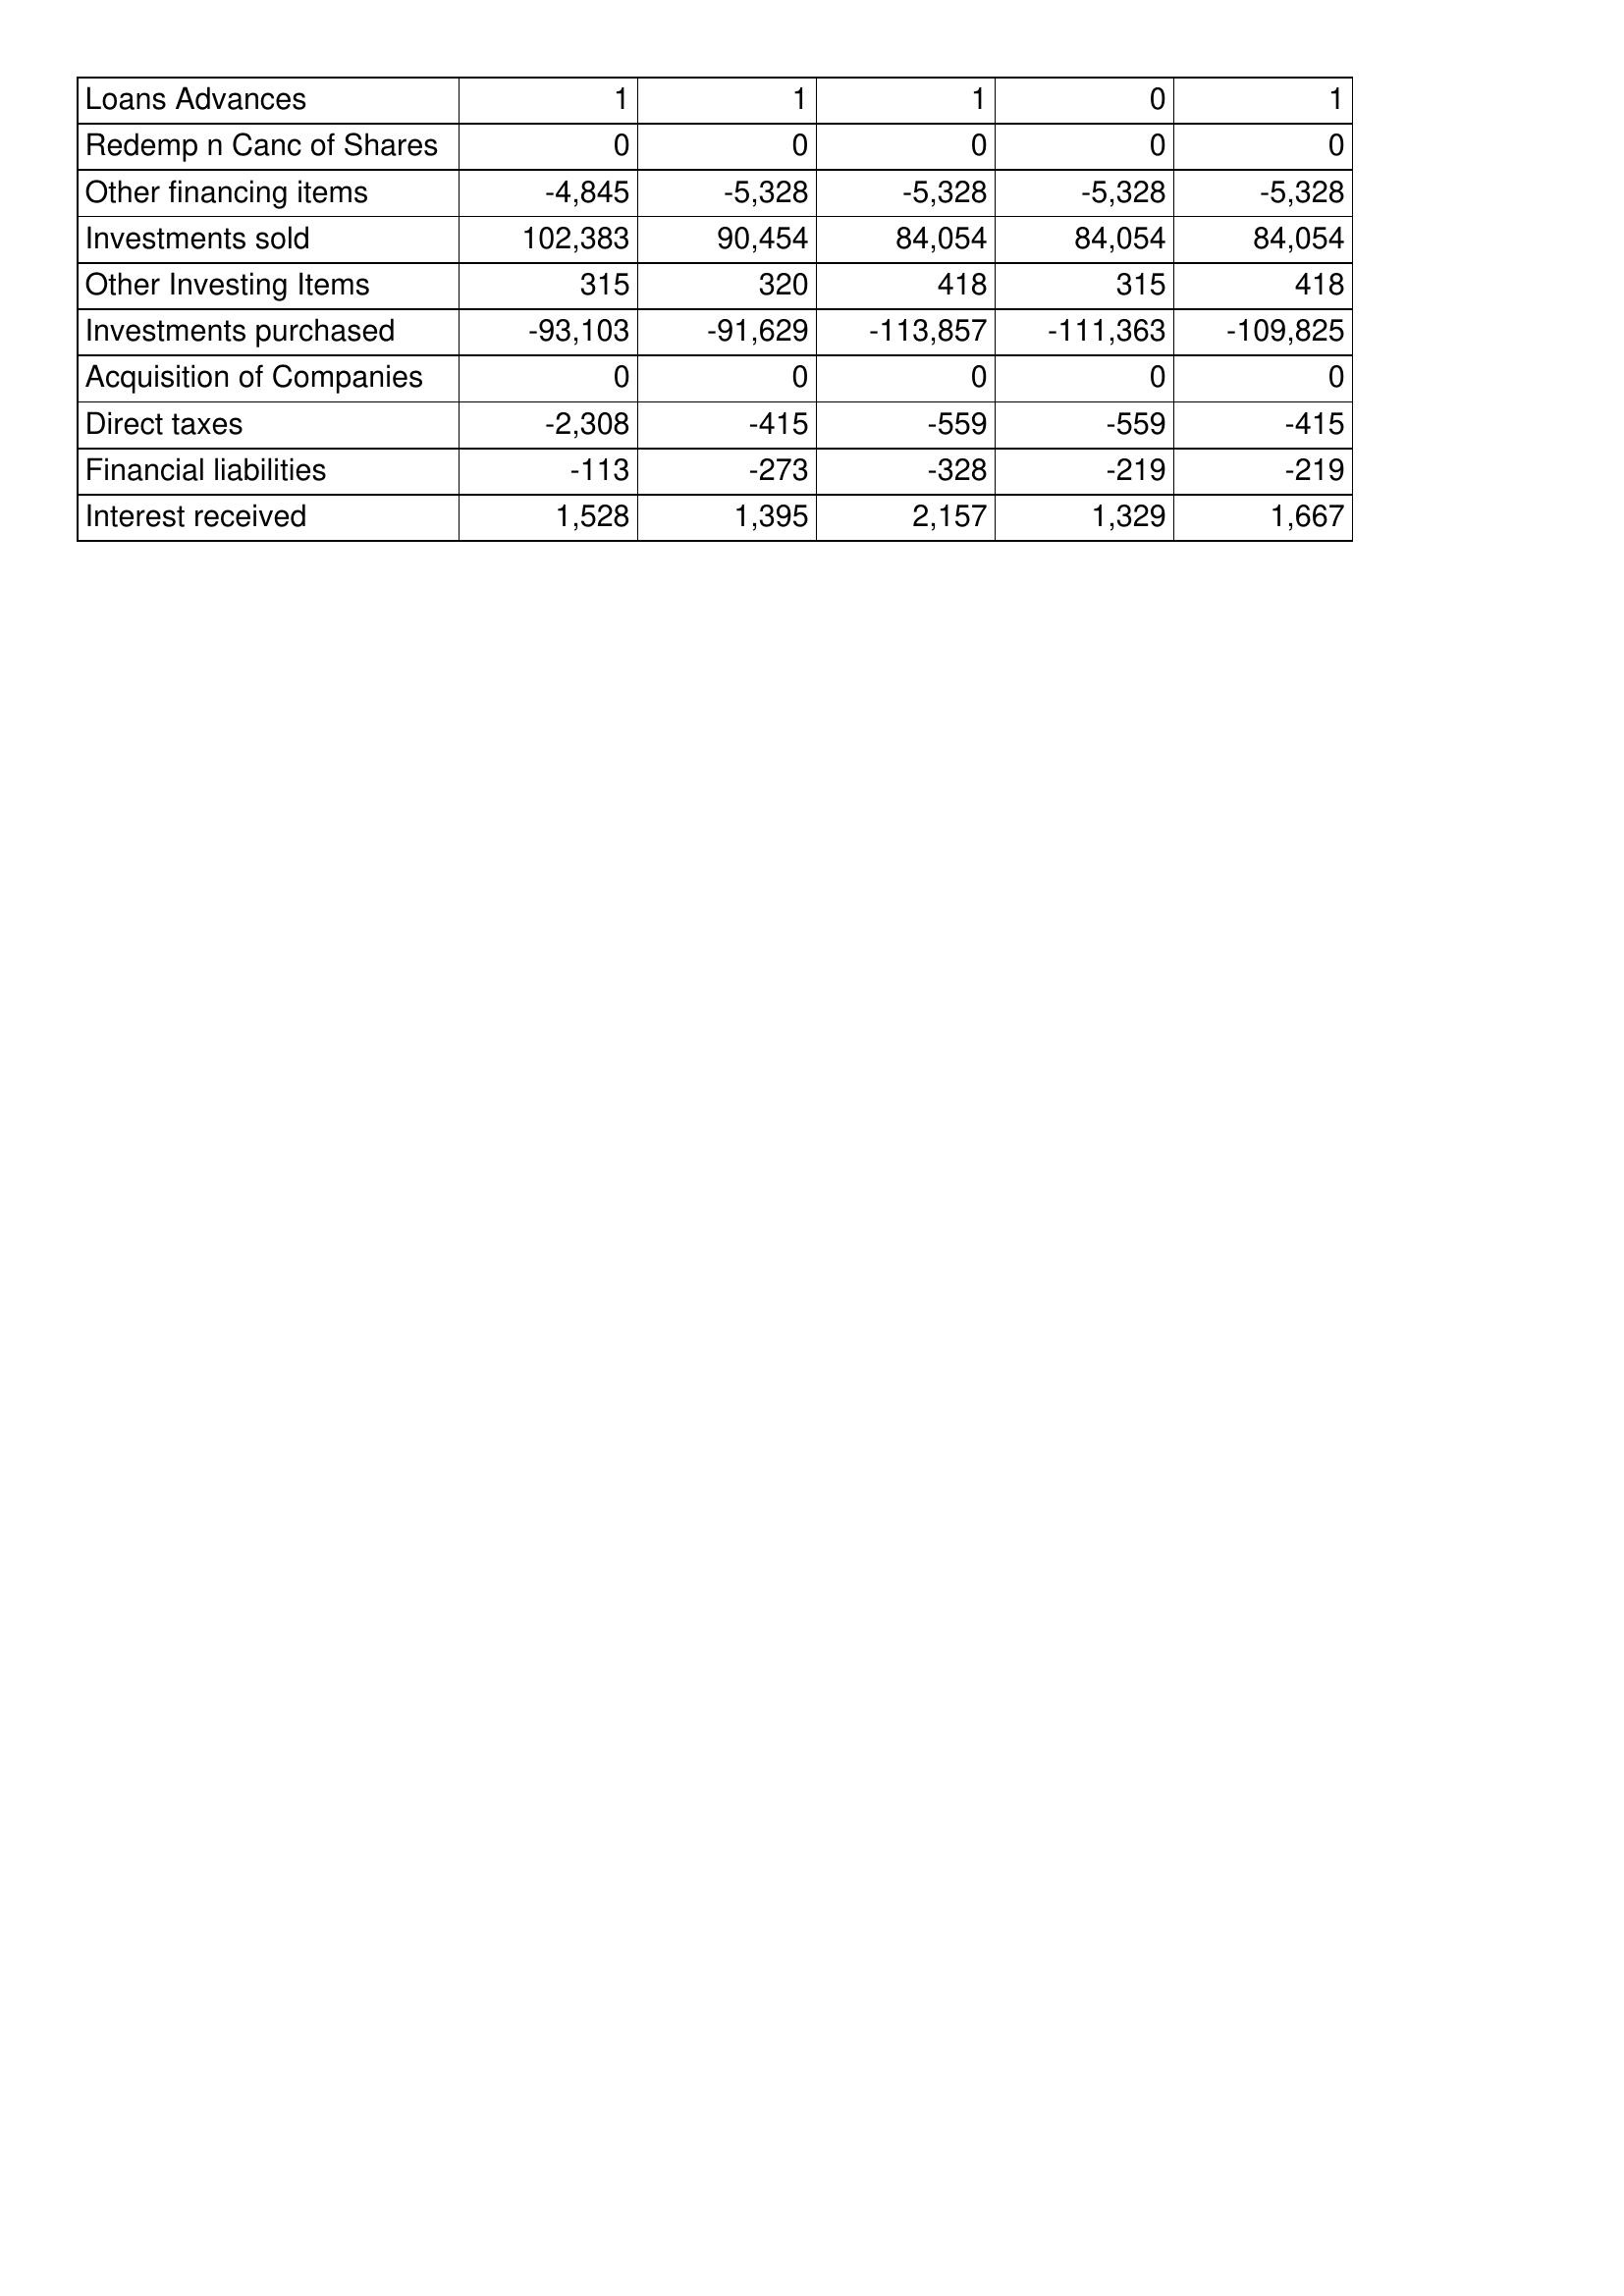
Mar-98: Cash Flows: Loans Advances: 1
Redemp n Canc of Shares: 0
Other financing items: -4,845
Investments sold: 102,383
Other Investing Items: 315
Investments purchased: -93,103
Acquisition of Companies: 0
Direct taxes: -2,308
Financial liabilities: -113
Interest received: 1,528
Mar-97: Cash Flows: Loans Advances: 1
Redemp n Canc of Shares: 0
Other financing items: -5,328
Investments sold: 90,454
Other Investing Items: 320
Investments purchased: -91,629
Acquisition of Companies: 0
Direct taxes: -415
Financial liabilities: -273
Interest received: 1,395
Mar-96: Cash Flows: Loans Advances: 1
Redemp n Canc of Shares: 0
Other financing items: -5,328
Investments sold: 84,054
Other Investing Items: 418
Investments purchased: -113,857
Acquisition of Companies: 0
Direct taxes: -559
Financial liabilities: -328
Interest received: 2,157
Mar-95: Cash Flows: Loans Advances: 0
Redemp n Canc of Shares: 0
Other financing items: -5,328
Investments sold: 84,054
Other Investing Items: 315
Investments purchased: -111,363
Acquisition of Companies: 0
Direct taxes: -559
Financial liabilities: -219
Interest received: 1,329
Mar-94: Cash Flows: Loans Advances: 1
Redemp n Canc of Shares: 0
Other financing items: -5,328
Investments sold: 84,054
Other Investing Items: 418
Investments purchased: -109,825
Acquisition of Companies: 0
Direct taxes: -415
Financial liabilities: -219
Interest received: 1,667